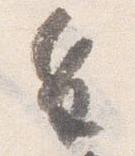
皇